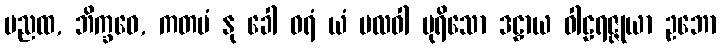
မညထ, ဘိက္ခဝေ, ကတမံ နု ခေါ ဝရံ ယံ ဗလဝါ ပုရိသော ဒဠှာယ ဝါဠရဇ္ဇုယာ ဥဘော